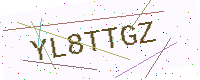
Text: YL8TTGZ